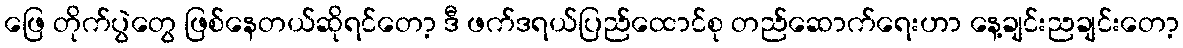
ဖြေ တိုက်ပွဲတွေ ဖြစ်နေတယ်ဆိုရင်တော့ ဒီ ဖက်ဒရယ်ပြည်ထောင်စု တည်ဆောက်ရေးဟာ နေ့ချင်းညချင်းတော့